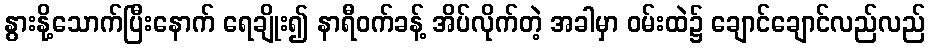
နွားနို့သောက်ပြီးနောက် ရေချိုး၍ နာရီဝက်ခန့် အိပ်လိုက်တဲ့ အခါမှာ ဝမ်းထဲ၌ ချောင်ချောင်လည်လည်